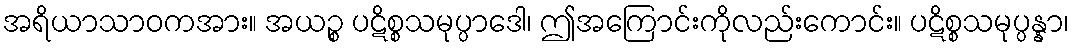
အရိယာသာဝကအား။ အယဉ္စ ပဋိစ္စသမုပ္ပာဒေါ၊ ဤအကြောင်းကိုလည်းကောင်း။ ပဋိစ္စသမုပ္ပန္နာ၊